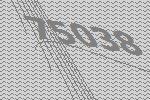
75038